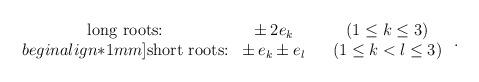
LaTeX: \begin{align*} \begin{array}{cccc} \mbox{long roots:} & \pm \, 2 \>\! e_k & & (1 \leq k \leq 3) \\begin{align*}1mm] \mbox{short roots:} & \pm \, e_k \pm e_l & & (1 \leq k < l \leq 3) \end{array}~.\end{align*}